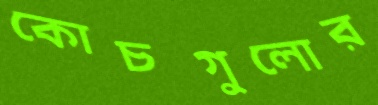
কোচগুলোর